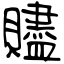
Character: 贐